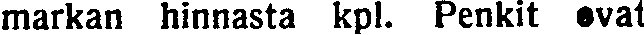
markan hinnasta kpl. Penkit ovat